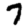
Digit: 7